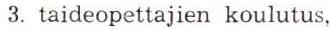
3. taideopettajien koulutus,